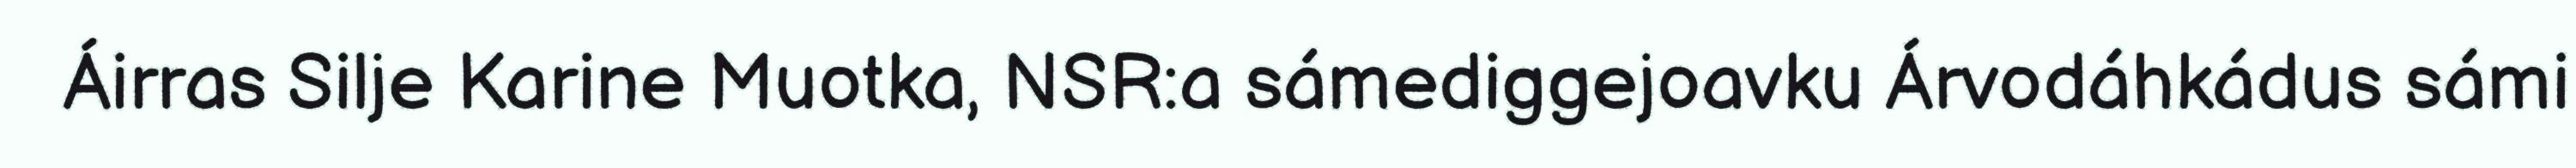
Áirras Silje Karine Muotka, NSR:a sámediggejoavku Árvodáhkádus sámi